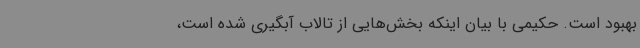
بهبود است. حکیمی با بیان اینکه بخش‌هایی از تالاب آبگیری شده است،